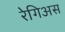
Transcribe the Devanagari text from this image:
रेगिअस